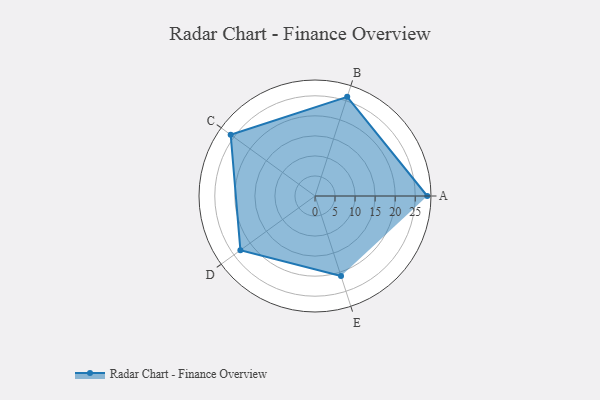
{"axis": {"x": "Skill", "y": "Score"}, "legend": ["Profile"], "data": [{"x": "A", "y": 28.0, "type": "Profile"}, {"x": "B", "y": 26.0, "type": "Profile"}, {"x": "C", "y": 26.0, "type": "Profile"}, {"x": "D", "y": 23.0, "type": "Profile"}, {"x": "E", "y": 21.0, "type": "Profile"}]}